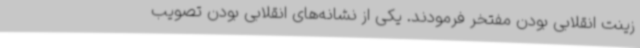
زینت انقلابی بودن مفتخر فرمودند. یکی از نشانه‌های انقلابی بودن تصویب